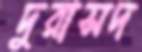
দুরাসদ